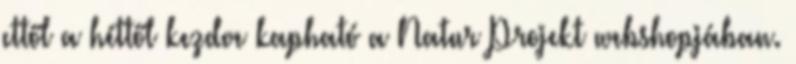
ettől a héttől kezdve kapható a Natur Projekt webshopjában.